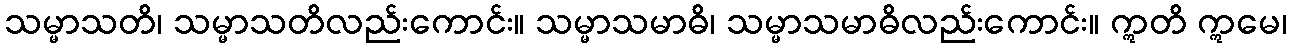
သမ္မာသတိ၊ သမ္မာသတိလည်းကောင်း။ သမ္မာသမာဓိ၊ သမ္မာသမာဓိလည်းကောင်း။ ဣတိ ဣမေ၊